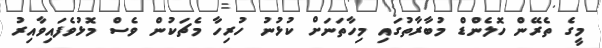
މީގެ ތެރޭން ހޮލެންޑް މުބާރާތުގައި މިހާތަނަށް ކުޅުނު ހުރިހާ މެޗަކުން ވެސް މޮޅުވެފައިވާއިރު